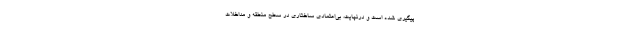
پیگیری شده است و درنهایت، بی‌اعتمادی ساختاری در سطح منطقه و مداخلات